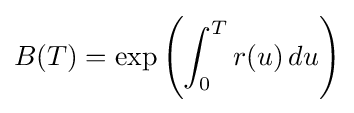
B(T)=\exp \left(\int _{0}^{T}r(u)\,du\right)